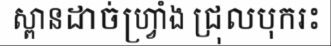
ស្ពានដាច់ហ្វ្រាំង ជ្រុលបុករះ